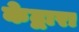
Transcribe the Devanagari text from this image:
केद्वारा